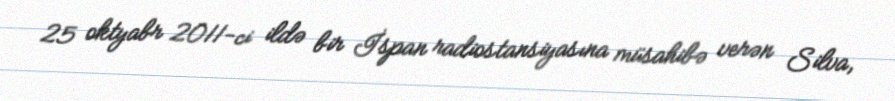
25 oktyabr 2011-ci ildə bir İspan radiostansiyasına müsahibə verən Silva,